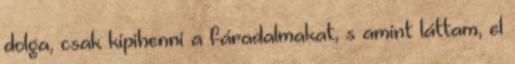
dolga, csak kipihenni a fáradalmakat, s amint láttam, el